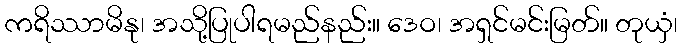
ကရိဿာမိနု၊ အသို့ပြုပါရမည်နည်း။ ဒေဝ၊ အရှင်မင်းမြတ်။ တုယှံ၊